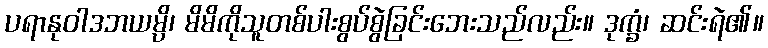
ပရာနုဝါဒဘယမ္ပိ၊ မိမိကိုသူတစ်ပါးစွပ်စွဲခြင်းဘေးသည်လည်း။ ဒုက္ခံ၊ ဆင်းရဲ၏။